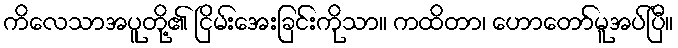
ကိလေသာအပူတို့၏ ငြိမ်းအေးခြင်းကိုသာ။ ကထိတာ၊ ဟောတော်မူအပ်ပြီ။